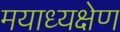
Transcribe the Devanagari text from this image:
मयाध्यक्षेण